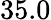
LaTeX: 35.0